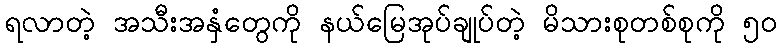
ရလာတဲ့ အသီးအနှံတွေကို နယ်မြေအုပ်ချုပ်တဲ့ မိသားစုတစ်စုကို ၅ဝ